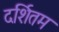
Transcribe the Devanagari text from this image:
दर्शितम